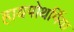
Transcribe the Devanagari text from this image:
हायपोथर्मिया